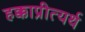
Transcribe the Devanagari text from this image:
हक्काप्रीत्यर्थ